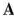
A